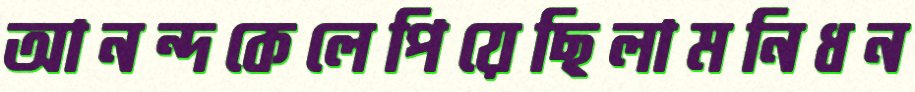
আনন্দকেলেপিয়েছিলামনিধন